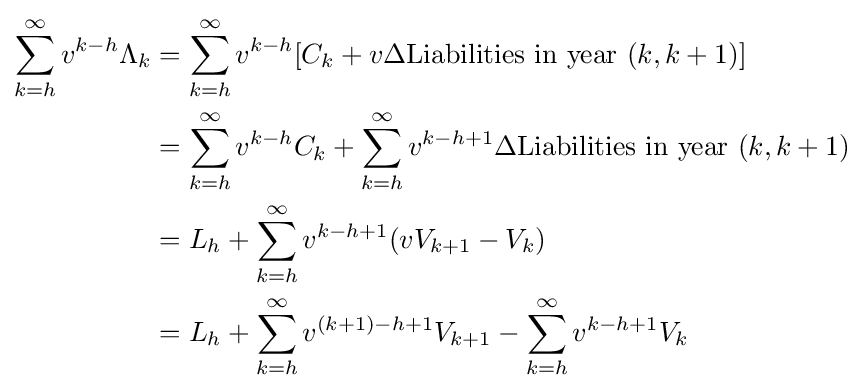
{\begin{aligned}\sum _{k=h}^{\infty }v^{k-h}\Lambda _{k}&=\sum _{k=h}^{\infty }v^{k-h}[C_{k}+v\Delta {\text{Liabilities in year }}(k,k+1)]\\&=\sum _{k=h}^{\infty }v^{k-h}C_{k}+\sum _{k=h}^{\infty }v^{k-h+1}\Delta {\text{Liabilities in year }}(k,k+1)\\&=L_{h}+\sum _{k=h}^{\infty }v^{k-h+1}(vV_{k+1}-V_{k})\\&=L_{h}+\sum _{k=h}^{\infty }v^{(k+1)-h+1}V_{k+1}-\sum _{k=h}^{\infty }v^{k-h+1}V_{k}\\\end{aligned}}